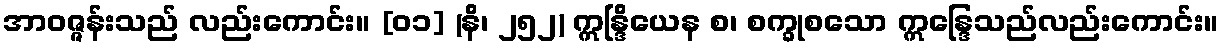
အာဝဇ္ဇန်းသည် လည်းကောင်း။ [၀၁] (နိ၊ ၂၅၂) ဣန္ဒြိယေန စ၊ စက္ခုစသော ဣန္ဒြေသည်လည်းကောင်း။